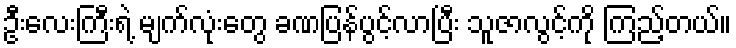
ဦးလေးကြီးရဲ့ မျက်လုံးတွေ ခဏပြန်ပွင့်လာပြီး သူဇာလွင့်ကို ကြည့်တယ်။